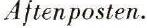
Aftenposten.